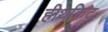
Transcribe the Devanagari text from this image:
हीथकिट